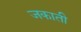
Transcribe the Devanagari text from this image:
जकाती